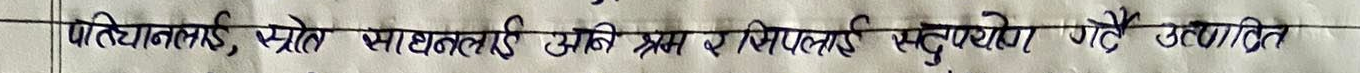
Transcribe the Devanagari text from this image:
प्रतिभालाई, स्रोतः साधनलाई उनी श्रम र सिपलाई सदुपयोग गरि उत्पादित